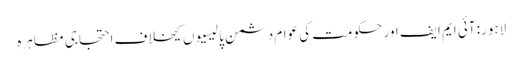
لاہور: آئی ایم ایف اور حکومت کی عوام دشمن پالیسیوں کیخلاف احتجاجی مظاہرہ